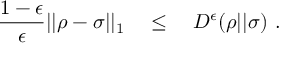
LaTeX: { \frac { 1 - \epsilon } { \epsilon } } | | \rho - \sigma | | _ { 1 } \quad \leq \quad D ^ { \epsilon } ( \rho | | \sigma ) ~ .